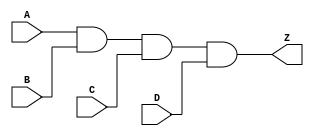
// --------------------------------------------------------------------
// >>>>>>>>>>>>>>>>>>>>>>>>> COPYRIGHT NOTICE <<<<<<<<<<<<<<<<<<<<<<<<<
// --------------------------------------------------------------------
// Copyright (c) 2005 by Lattice Semiconductor Corporation
// --------------------------------------------------------------------
//
//
//                     Lattice Semiconductor Corporation
//                     5555 NE Moore Court
//                     Hillsboro, OR 97214
//                     U.S.A.
//
//                     TEL: 1-800-Lattice  (USA and Canada)
//                          1-408-826-6000 (other locations)
//
//                     web: http://www.latticesemi.com/
//
// --------------------------------------------------------------------
//
// Simulation Library File for SC
//
// $Header: /home/dmsys/pvcs/RCSMigTest/rcs/verilog/pkg/versclibs/data/orca5/RCS/AND4.v,v 1.3 2005/05/19 19:06:18 pradeep Exp $ 
//
`resetall
`timescale 1 ns / 1 ps

`celldefine

module  AND4  (A, B, C, D, Z);
  input A, B, C, D ;
  output Z;

  and (Z, A, B, C, D);


endmodule 

`endcelldefine